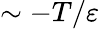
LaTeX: \sim-T/\varepsilon